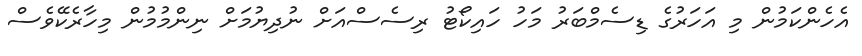
އެހެންކަމުން މި އަހަރުގެ ޑިސެމްބަރު މަހު ހައިކޯޓު ރިސެސްއަށް ނުދިޔުމަށް ނިންމުމުން މިހާރެކޭވެސް